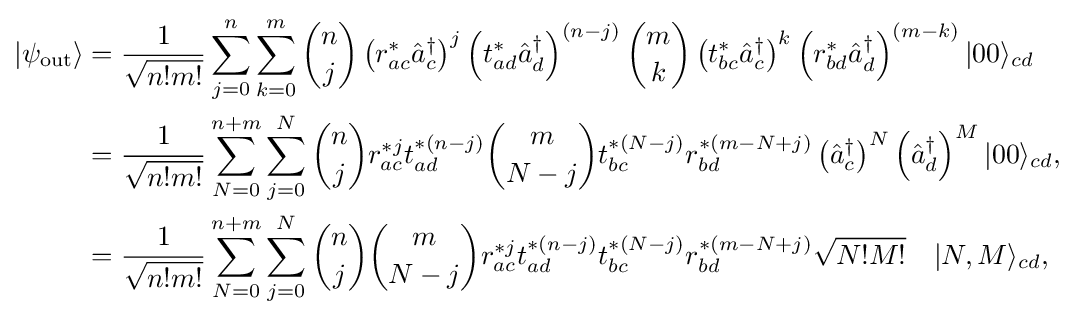
{\begin{aligned}|\psi _{\text{out}}\rangle &={\frac {1}{\sqrt {n!m!}}}\sum _{j=0}^{n}\sum _{k=0}^{m}{\binom {n}{j}}\left(r_{ac}^{\ast }{\hat {a}}_{c}^{\dagger }\right)^{j}\left(t_{ad}^{\ast }{\hat {a}}_{d}^{\dagger }\right)^{(n-j)}{\binom {m}{k}}\left(t_{bc}^{\ast }{\hat {a}}_{c}^{\dagger }\right)^{k}\left(r_{bd}^{\ast }{\hat {a}}_{d}^{\dagger }\right)^{(m-k)}|00\rangle _{cd}\\&={\frac {1}{\sqrt {n!m!}}}\sum _{N=0}^{n+m}\sum _{j=0}^{N}{\binom {n}{j}}r_{ac}^{\ast j}t_{ad}^{\ast (n-j)}{\binom {m}{N-j}}t_{bc}^{\ast (N-j)}r_{bd}^{\ast (m-N+j)}\left({\hat {a}}_{c}^{\dagger }\right)^{N}\left({\hat {a}}_{d}^{\dagger }\right)^{M}|00\rangle _{cd},\\&={\frac {1}{\sqrt {n!m!}}}\sum _{N=0}^{n+m}\sum _{j=0}^{N}{\binom {n}{j}}{\binom {m}{N-j}}r_{ac}^{\ast j}t_{ad}^{\ast (n-j)}t_{bc}^{\ast (N-j)}r_{bd}^{\ast (m-N+j)}{\sqrt {N!M!}}\quad |N,M\rangle _{cd},\end{aligned}}